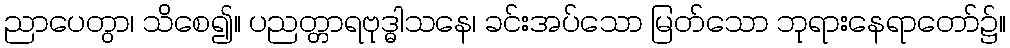
ညာပေတွာ၊ သိစေ၍။ ပညတ္တာရဗုဒ္ဓါသနေ၊ ခင်းအပ်သော မြတ်သော ဘုရားနေရာတော်၌။